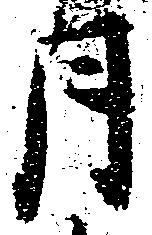
月